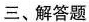
三、解答题1